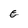
Character: e